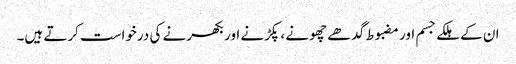
ان کے ہلکے جسم اور مضبوط گدھے چھونے ، پکڑنے اور بکھرنے کی درخواست کرتے ہیں۔